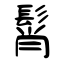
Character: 髾